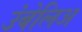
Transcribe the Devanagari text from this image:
उंबेलिअ